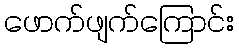
ဖောက်ဖျက်ကြောင်း